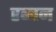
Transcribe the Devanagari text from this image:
रब्बन